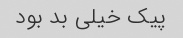
پیک خیلی بد بود